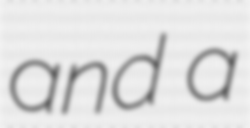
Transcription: and a